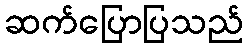
ဆက်ပြောပြသည်